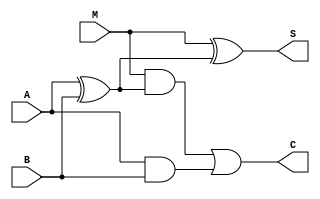

module addblock(A,B,M,S,C);
    input A,B,M;
    output S,C;
    wire t0,t1,t2,Cout;
    
    xor G2(t1,A,B);
    xor G3(S,M,t1);
    and G4(t2,A,B);
    and G5(Cout,M,t1);
    or G6(C,Cout,t2);
endmodule

// `include "fulladder.v"
// module addblock(A0,A1,A2,A3,B0,B1,B2,B3,M,S0,S1,S2,S3,Carryf)
//       input A0,A1,A2,A3,B0,B1,B2,B3,M;
//       output S0,S1,S2,S3,Carryf;
//       wire C1,C2,C3;
//       wire Bf0, Bf1, Bf2, Bf3;
//       xor G1(Bf0,B0,M);
//       xor G2(Bf1,B1,M);
//       xor G3(Bf2,B2,M);
//       xor G4(Bf3,B3,M);
//       adder call1(A0,Bf0,M,S0,C1);
//       adder call2(A1,Bf1,C1,S1,C2);
//       adder call1(A0,Bf2,C2,S2,C3);
//       adder call1(A0,Bf3,M,S3,Carryf);
// endmodule